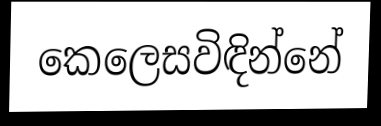
කෙලෙසවිඳින්නේ